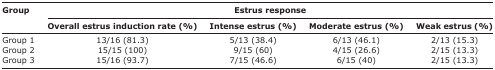
| <ROWSPAN=3> Group | <COLSPAN=4> Estrus response |
 | Overall estrus induction rate (%) | Intense estrus (%) | Moderate estrus (%) | Weak estrus (%) |
 | --- | --- | --- | --- | --- |
 | Group 1 | 13/16 (81.3) | 5/13 (38.4) | 6/13 (46.1) | 2/13 (15.3) |
 | Group 2 | 15/15 (100) | 9/15 (60) | 4/15 (26.6) | 2/15 (13.3) |
 | Group 3 | 15/16 (93.7) | 7/15 (46.6) | 6/15 (40) | 2/15 (13.3) |